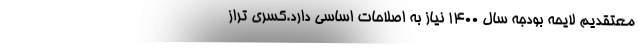
معتقدیم لایحه بودجه سال ۱۴۰۰ نیاز به اصلاحات اساسی دارد.کسری تراز